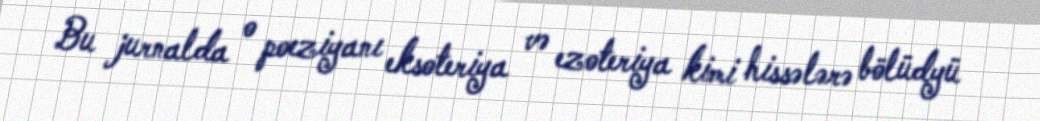
Bu jurnalda o poeziyanı eksoteriya və ezoteriya kimi hissələrə bölüdyü